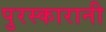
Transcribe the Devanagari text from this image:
पुरस्कारानी